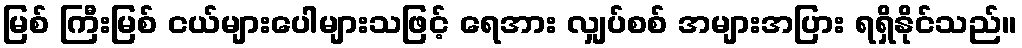
မြစ် ကြီးမြစ် ငယ်များပေါများသဖြင့် ရေအား လျှပ်စစ် အများအပြား ရရှိနိုင်သည်။